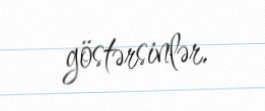
göstərsinlər.